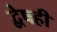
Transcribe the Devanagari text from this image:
द्वेषही